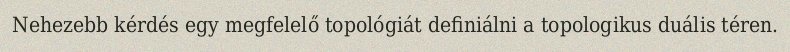
Nehezebb kérdés egy megfelelő topológiát definiálni a topologikus duális téren.